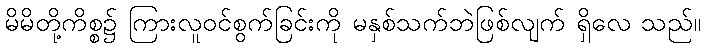
မိမိတို့ကိစ္စ၌ ကြားလူဝင်စွက်ခြင်းကို မနှစ်သက်ဘဲဖြစ်လျက် ရှိလေ သည်။